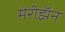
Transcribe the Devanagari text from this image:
मेरीझॅन